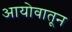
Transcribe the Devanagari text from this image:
आयोवातून